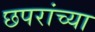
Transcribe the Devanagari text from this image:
छपरांच्या